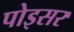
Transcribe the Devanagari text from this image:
पोइसर